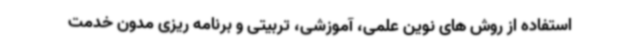
استفاده از روش های نوین علمی، آموزشی، تربیتی و برنامه ریزی مدون خدمت